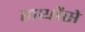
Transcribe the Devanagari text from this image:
हाथोंसे